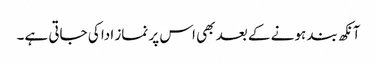
آنکھ بند ہونے کے بعد بھی اس پر نماز ادا کی جاتی ہے۔